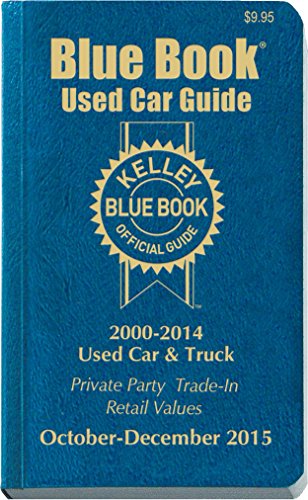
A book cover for Kelley Blue Book Used Car Guide: Consumer Edition October-December 2015; Kelley Blue Book; Engineering & Transportation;